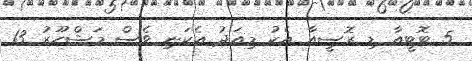
5 ޓޮޓީއާ ޑި ރޮސީއާ އެކު މިއަދު އެކަނި ވެސް މަޝްހޫރު 13